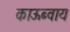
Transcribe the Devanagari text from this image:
काऊब्वाय